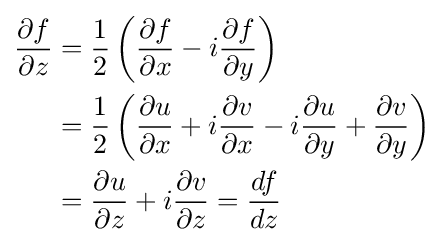
{\begin{aligned}{\frac {\partial f}{\partial z}}&={\frac {1}{2}}\left({\frac {\partial f}{\partial x}}-i{\frac {\partial f}{\partial y}}\right)\\&={\frac {1}{2}}\left({\frac {\partial u}{\partial x}}+i{\frac {\partial v}{\partial x}}-i{\frac {\partial u}{\partial y}}+{\frac {\partial v}{\partial y}}\right)\\&={\frac {\partial u}{\partial z}}+i{\frac {\partial v}{\partial z}}={\frac {df}{dz}}\end{aligned}}